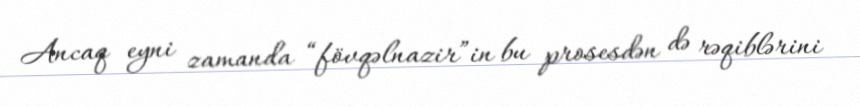
Ancaq eyni zamanda “fövqəlnazir”in bu prosesdən də rəqiblərini